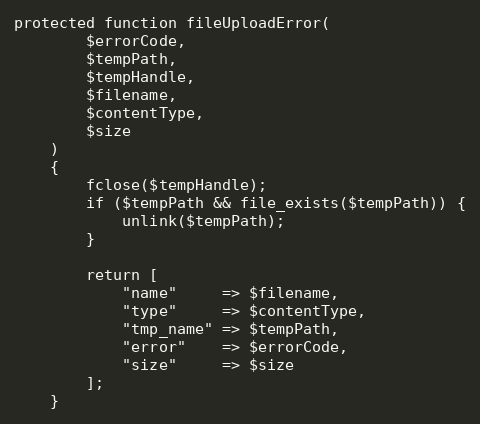
Language: PHP
protected function fileUploadError(
        $errorCode,
        $tempPath,
        $tempHandle,
        $filename,
        $contentType,
        $size
    )
    {
        fclose($tempHandle);
        if ($tempPath && file_exists($tempPath)) {
            unlink($tempPath);
        }

        return [
            "name"     => $filename,
            "type"     => $contentType,
            "tmp_name" => $tempPath,
            "error"    => $errorCode,
            "size"     => $size
        ];
    }